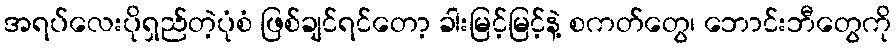
အရပ်လေးပိုရှည်တဲ့ပုံစံ ဖြစ်ချင်ရင်တော့ ခါးမြင့်မြင့်နဲ့ စကတ်တွေ၊ ဘောင်းဘီတွေကို